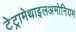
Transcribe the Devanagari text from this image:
टेट्रामेथाइलअमोनियम